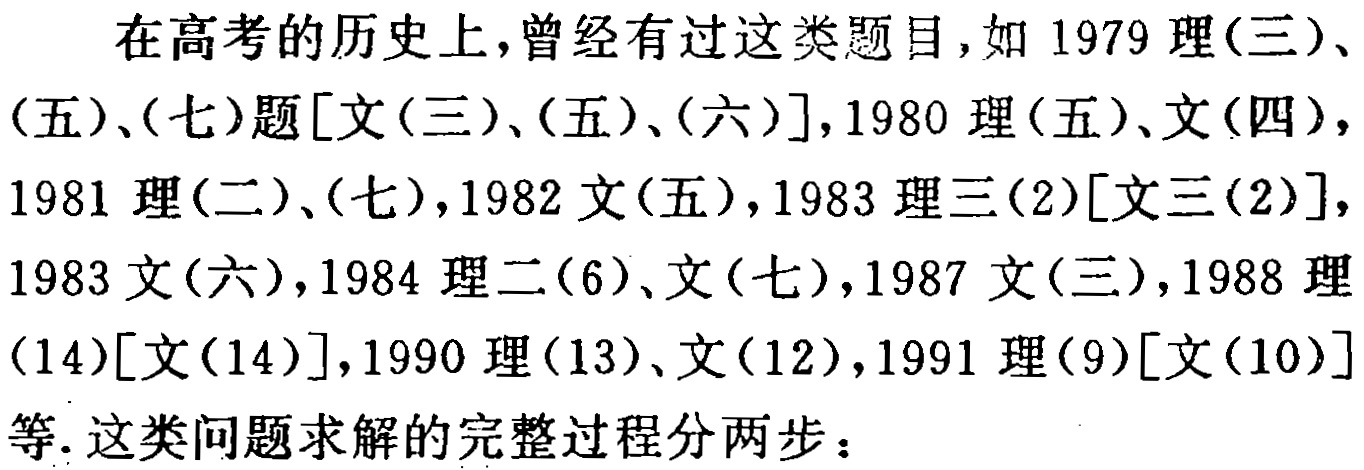
在高考的历史上,曾经有过这类题目,如 1979 理(三)、(五)、(七)题[文(三)、(五)、(六)],1980 理(五)、文(四)，1981 理(二)、(七),1982 文(五),1983 理三(2)[文三(2)]，1983 文(六),1984 理二(6)、文(七),1987 文(三),1988 理(14)[文(14)],1990 理(13)、文(12),1991 理(9)[文(10)]等. 这类问题求解的完整过程分两步：